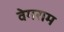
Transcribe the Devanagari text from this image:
वेगराम